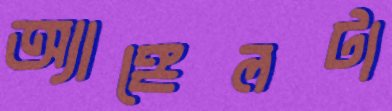
অ্যাঙ্গেলটা